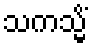
သကသ္မိံ